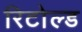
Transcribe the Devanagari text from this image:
रिटोल्ड